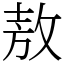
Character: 敖